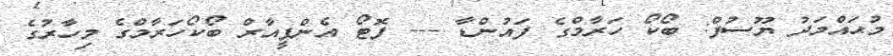
މުޙައްމަދު ޔޫސުފް: ބޯކޯ ހަރާމްގެ ފައުންޑާ --- ފޮޓޯ އެންޕީއާރް ބޯކޯހަރާމްގެ މިހާރުގެ